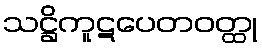
သဋ္ဌိကူဋပေတဝတ္ထု